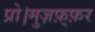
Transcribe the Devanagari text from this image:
प्रो।मुज़फ़्फ़र